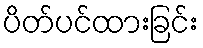
ပိတ်ပင်ထားခြင်း